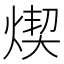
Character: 𤋸